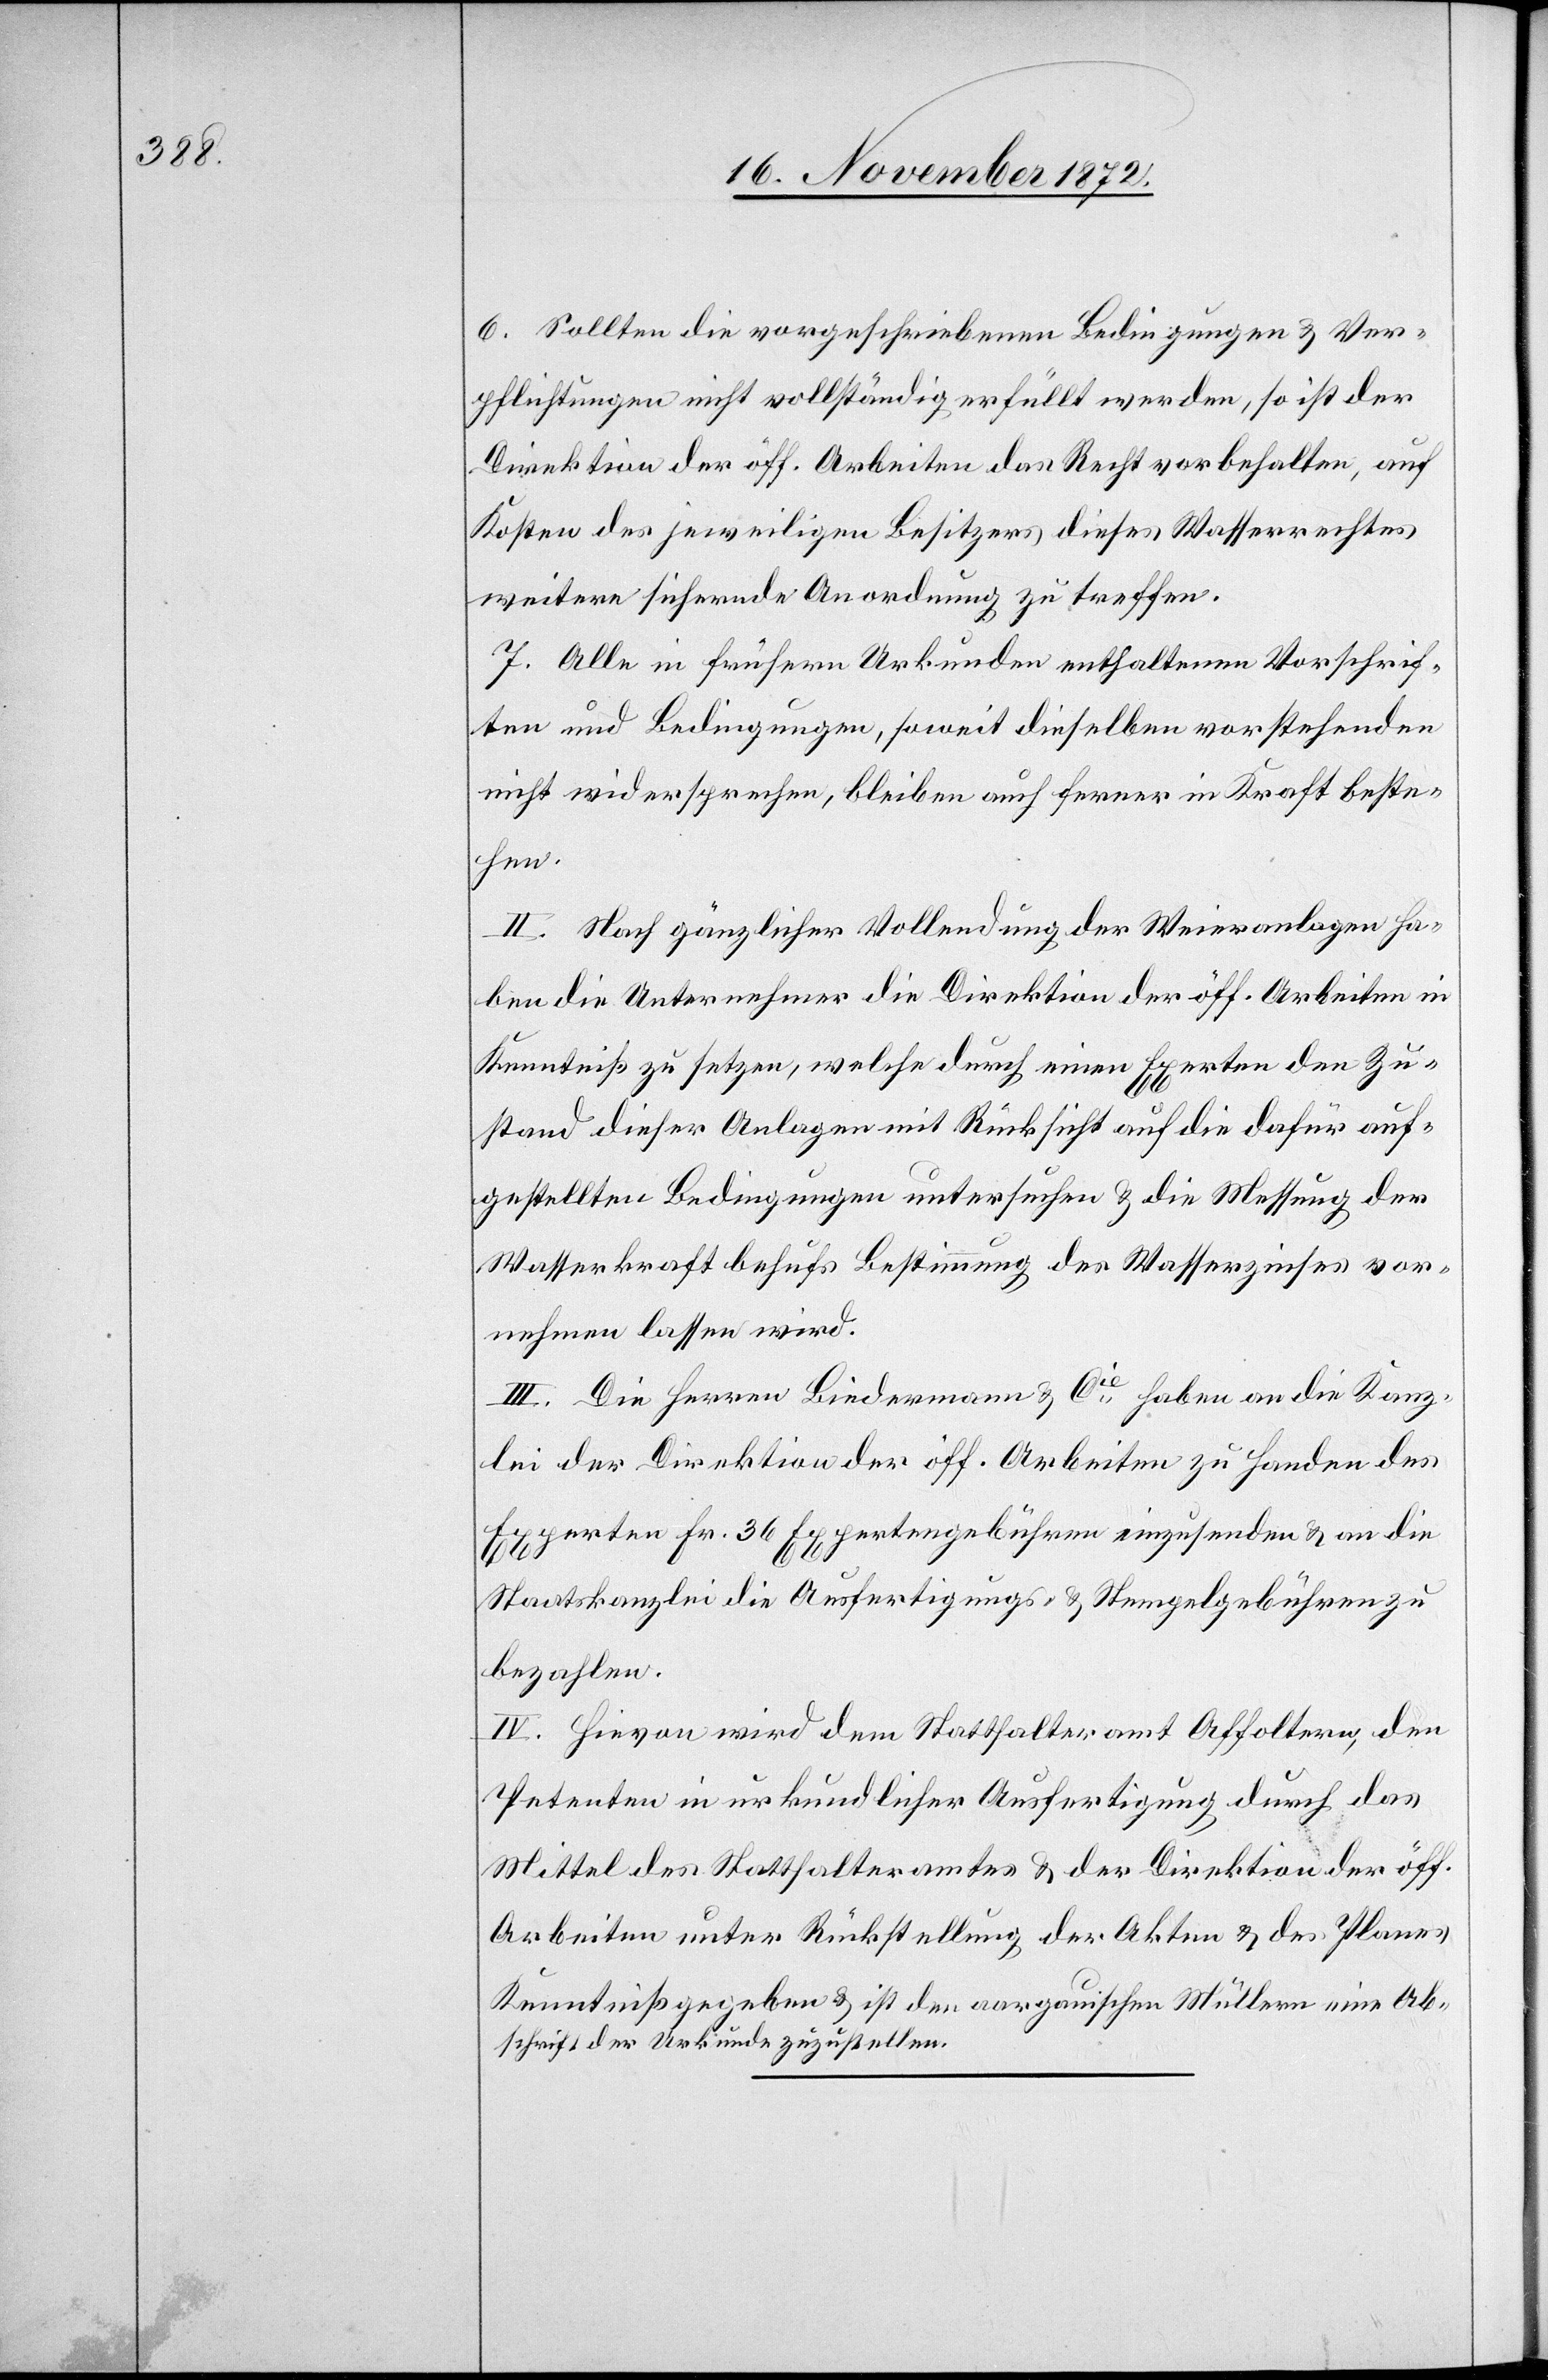
6. Sollten die vorgeschriebenen Bedingungen u. Ver¬
pflichtungen nicht vollständig erfüllt werden, so ist der
Direktion der öff. Arbeiten das Recht vorbehalten, auf
Kosten des jeweiligen Besitzers dieses Wasserrechtes
weitere sichernde Anordnung zu treffen.
7. Alle in frühern Urkunden enthaltenen Vorschrif¬
ten und Bedingungen, soweit dieselben vorstehenden
nicht widersprechen, bleiben auch ferner in Kraft beste¬
hen.
II. Nach gänzlicher Vollendung der Weieranlagen ha¬
ben die Unternehmer die Direktion der öff. Arbeiten in
Kenntniß zu setzen, welche durch einen Experten den Zu¬
stand dieser Anlagen mit Rücksicht auf die Dafür auf¬
gestellten Bedingungen untersuchen u. die Messung der
Wasserkraft behufs Bestimmung des Wasserzinses vor¬
nehmen lassen wird.
III. Die Herren Biedermann u. Cie haben an die Kanz¬
lei der Direktion der öff. Arbeiten zu Handen des
Experten Fr. 36 Expertengebühren einzusenden u. an die
Staatskanzlei die Ausfertigungs- u. Stempelgebühren zu
bezahlen.
IV. Hievon wird dem Statthalteramt Affoltern, den
Petenten in urkundlicher Ausfertigung durch das
Mittel des Statthalteramtes u. der Direktion der öff.
Arbeiten unter Rückstellung der Akten u. des Planes
Kenntniß gegeben u. ist den aargauischen Müllern eine Ab¬
schrift der Urkunde zuzustellen.